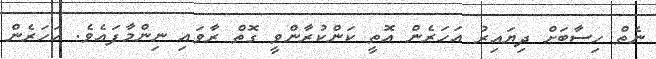
ނެތް ހިސާބަށް ދިޔައިރު އަހަރެން އޮތީ ކަންކުރާންވީ ގޮތް ރާވައި ނިންމާފައެވެ. އަހަރެން